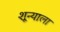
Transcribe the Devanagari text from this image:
शून्याला